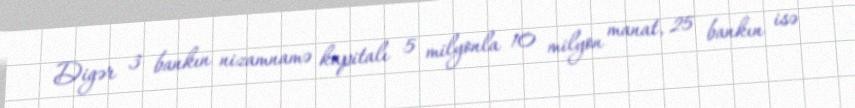
Digər 3 bankın nizamnamə kapitalı 5 milyonla 10 milyon manat, 25 bankın isə